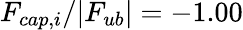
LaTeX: F_{cap,i}/|F_{ub}|=-1.00